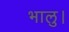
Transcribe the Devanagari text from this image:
भालु।